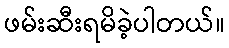
ဖမ်းဆီးရမိခဲ့ပါတယ်။